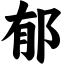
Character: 郁